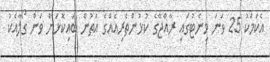
އެކަމަކު 25 ވަނަ މިނެޓުގައި ރާއްޖޭގެ ކުޅުންތެރިއެއްގެ އަތުން ބައިކޮޅަށް ވަން ގޯލާއެކު